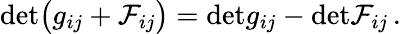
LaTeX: \mathrm{det}\bigl(g_{ij}+{\cal F}_{ij}\bigr)=\mathrm{det}g_{ij}-\mathrm{det}{\cal F}_{ij}\, .